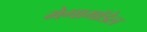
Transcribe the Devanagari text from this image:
मेगामॉडेल